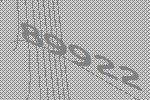
89922